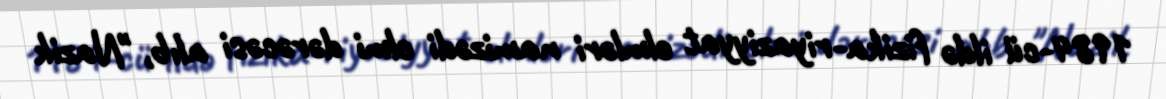
1984-cü ildə fizika-riyaziyyat elmləri namizədi elmi dərəcəsi alıb, "Nazik